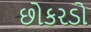
છોકરડો